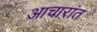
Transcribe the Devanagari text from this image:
आचारांत